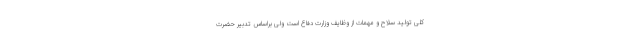
کلی تولید سلاح و مهمات از وظایف وزارت دفاع است ولی براساس تدبیر حضرت